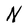
Character: N